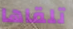
تلقاها